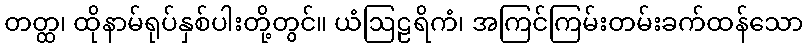
တတ္ထ၊ ထိုနာမ်ရုပ်နှစ်ပါးတို့တွင်။ ယံဩဠရိကံ၊ အကြင်ကြမ်းတမ်းခက်ထန်သော